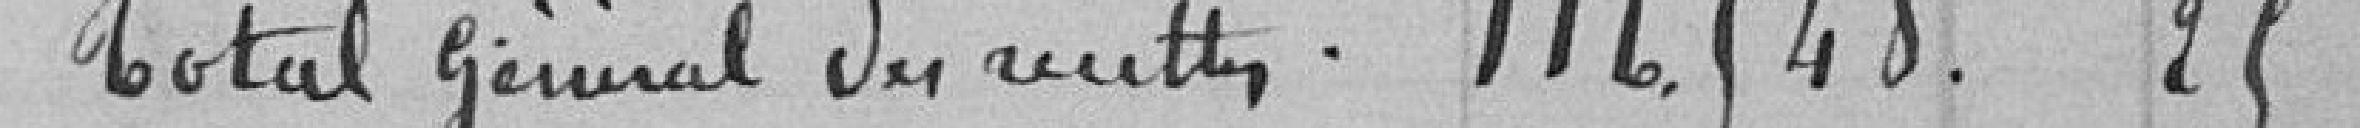
Total général des recettes  116568.25